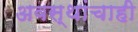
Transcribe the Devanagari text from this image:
अवस्थांचाही